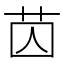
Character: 苬